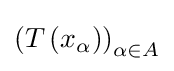
\left(T\left(x_{\alpha }\right)\right)_{\alpha \in A}